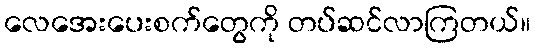
လေအေးပေးစက်တွေကို တပ်ဆင်လာကြတယ်။